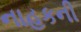
નાહકની